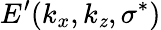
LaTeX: E^{\prime}(k_{x},k_{\mathit{z}},\sigma^{*})